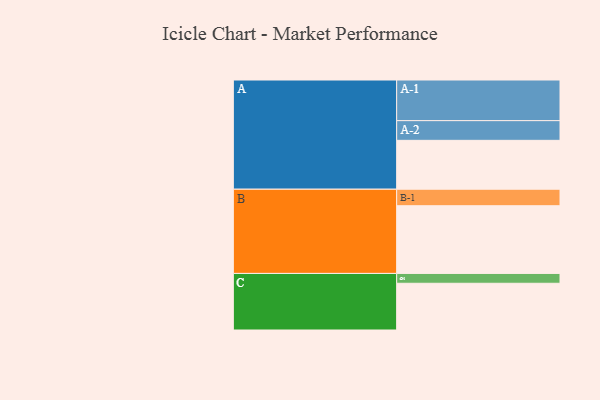
{"axis": {"x": "Segment", "y": "Value"}, "legend": ["", "A", "B", "C"], "data": [{"x": "A", "y": 338, "type": ""}, {"x": "B", "y": 468, "type": ""}, {"x": "C", "y": 323, "type": ""}, {"x": "A-1", "y": 281, "type": "A"}, {"x": "A-2", "y": 136, "type": "A"}, {"x": "B-1", "y": 114, "type": "B"}, {"x": "C-1", "y": 68, "type": "C"}]}